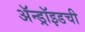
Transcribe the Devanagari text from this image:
ॲन्ड्रॉइडची